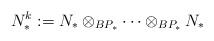
LaTeX: \begin{align*} N_*^k := N_* \otimes_{BP_*} \cdots \otimes_{BP_*} N_* \end{align*}